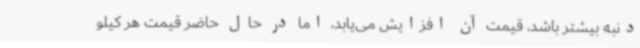
دنبه بیشتر باشد، قیمت آن افزایش می‌یابد، اما در حال حاضر قیمت هر کیلو